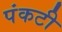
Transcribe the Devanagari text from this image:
पंकटी